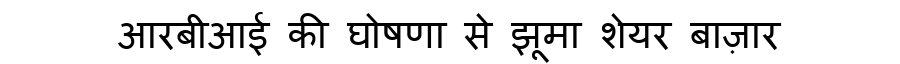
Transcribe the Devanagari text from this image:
आरबीआई की घोषणा से झूमा शेयर बाज़ार